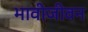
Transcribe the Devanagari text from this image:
भावीजीवन